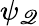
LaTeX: \psi_{\mathscr{Q}}